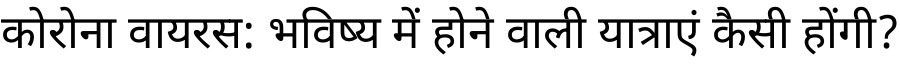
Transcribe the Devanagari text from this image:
कोरोना वायरस: भविष्य में होने वाली यात्राएं कैसी होंगी?